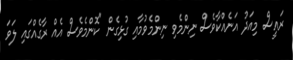
ރައީސް މިއަދު އަނެއްކާވެސް ނިންމެވި ނިންމެވުމާއި ގުޅިގެން "ކޮންމެވެސް އެއް ރާގެއްގައި ލަވަ